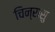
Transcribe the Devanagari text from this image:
चिन्रासु